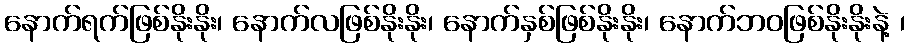
နောက်ရက်ဖြစ်နိုးနိုး၊ နောက်လဖြစ်နိုးနိုး၊ နောက်နှစ်ဖြစ်နိုးနိုး၊ နောက်ဘဝဖြစ်နိုးနိုးနဲ့ ၊